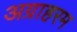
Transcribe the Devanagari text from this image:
अग्राहरम